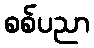
စစ်ပညာ